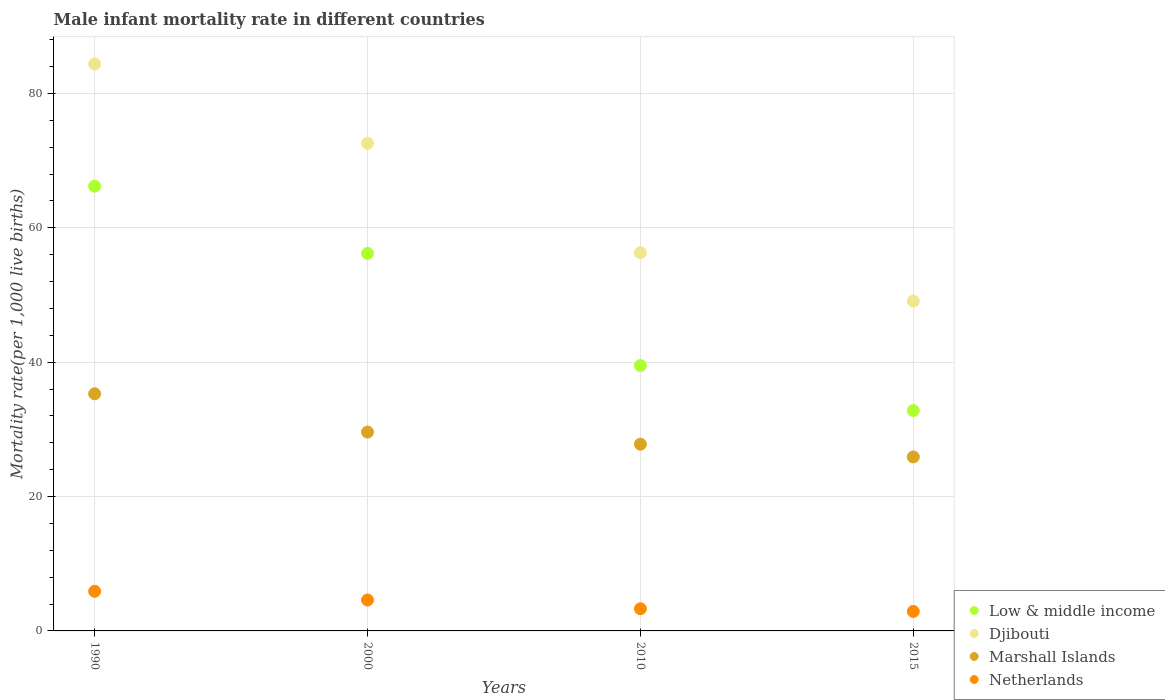
| Years | Low & middle income | Djibouti | Marshall Islands | Netherlands |
 | --- | --- | --- | --- | --- |
 | 1990 | 66.2 | 84.4 | 35.3 | 5.9 |
 | 2000 | 56.2 | 72.6 | 29.6 | 4.6 |
 | 2010 | 39.5 | 56.3 | 27.8 | 3.3 |
 | 2015 | 32.8 | 49.1 | 25.9 | 2.9 |